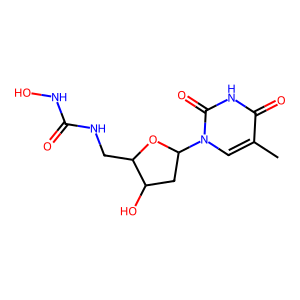
SMILES: Cc1cn(C2CC(O)C(CNC(=O)NO)O2)c(=O)[nH]c1=O
Inhibits HIV replication: No